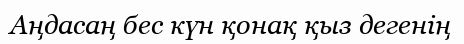
Аңдасаң бес күн қонақ қыз дегенің